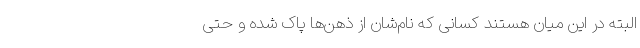
البته در این میان هستند کسانی که نام‌شان از ذهن‌ها پاک شده و حتی